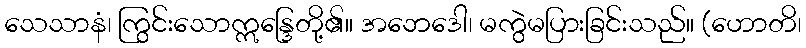
သေသာနံ၊ ကြွင်းသောဣန္ဒြေတို့၏။ အဘေဒေါ၊ မကွဲမပြားခြင်းသည်။ (ဟောတိ၊